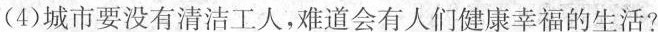
(4)城市要没有清洁工人，难道会有人们健康幸福的生活?